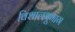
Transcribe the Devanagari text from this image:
विशालभूभाग